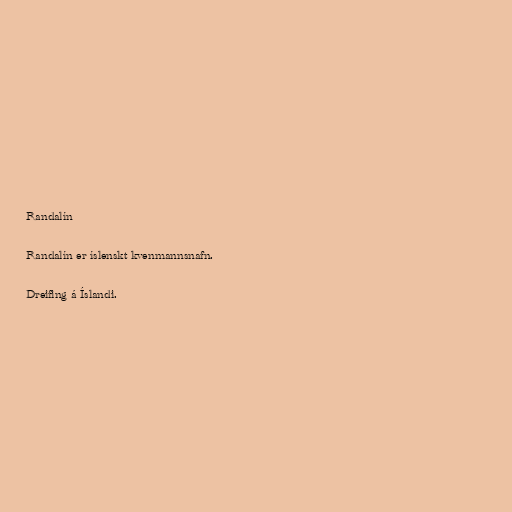
Randalín

Randalín er íslenskt kvenmannsnafn.

Dreifing á Íslandi.